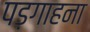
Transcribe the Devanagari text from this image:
पड़गाहना